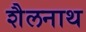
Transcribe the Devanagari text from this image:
शैलनाथ